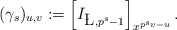
\begin{align*}(\gamma_s)_{u,v} := \Bigl[ I_{\L,p^s-1}\Bigr]_{x^{p^s v - u}} \,.\end{align*}